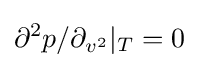
\partial ^{2}p/\partial _{v^{2}}|_{T}=0